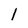
Character: 1